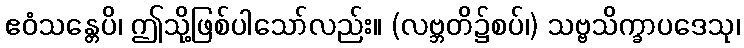
ဧဝံသန္တေပိ၊ ဤသို့ဖြစ်ပါသော်လည်း။ (လဗ္ဘတိ၌စပ်၊) သဗ္ဗသိက္ခာပဒေသု၊